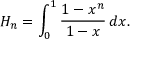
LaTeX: H _ { n } = \int _ { 0 } ^ { 1 } { \frac { 1 - x ^ { n } } { 1 - x } } \, d x .